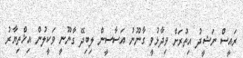
ރައީސް ނަޝީދު އިތުރަށް ވިދާޅުވީ ގާނޫނު އަސާސީން ލިބިދޭ ގާނޫނީ ވަކީލުން އިޚްތިޔާރު